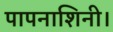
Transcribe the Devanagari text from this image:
पापनाशिनी।